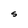
Character: S